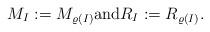
LaTeX: \begin{align*}M_I:=M_{\varrho(I)}\textrm{and}R_I:=R_{\varrho(I)}.\end{align*}